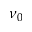
\nu _ { 0 }